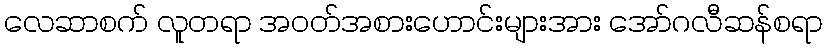
လေဆာစက် လူတရာ အဝတ်အစားဟောင်းများအား အော်ဂလီဆန်စရာ